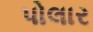
પોલાર